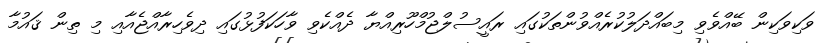
ވަކިވަކިން ބޭއްވެވި މިބައްދަލުކުރެއްވުންތަކުގައި ރައީސުލްޖުމްހޫރިއްޔާ ދެއްކެވި ވާހަކަފުޅުގައި ދިވެހިރާއްޖެއާއި މި ތިން ޤައުމާ